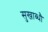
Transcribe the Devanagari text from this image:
सुखाब्धौ